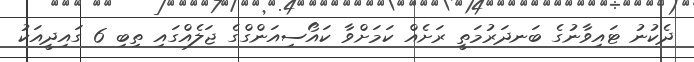
ދެކުނު ޓައިވާނުގެ ބަނދަރުމަތީ ރަށެއް ކަމަށްވާ ކައޯސިއަންގްގެ ޖަލެއްގައި ތިބި 6 ގައިދީއަކު